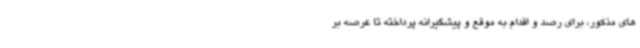
های مذکور، برای رصد و اقدام به موقع و پیشگیرانه پرداخته تا عرصه بر